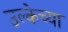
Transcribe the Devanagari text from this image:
उल्केच्या